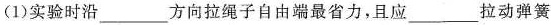
(1)实验时沿___方向拉绳子自由端最省力，且应___拉动弹簧